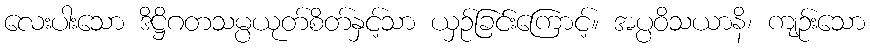
လေးပါးသော ဒိဋ္ဌိဂတသမ္ပယုတ်စိတ်နှင့်သာ ယှဉ်ခြင်းကြောင့်။ အပ္ပဝိသယာနိ၊ ကျဉ်းသော